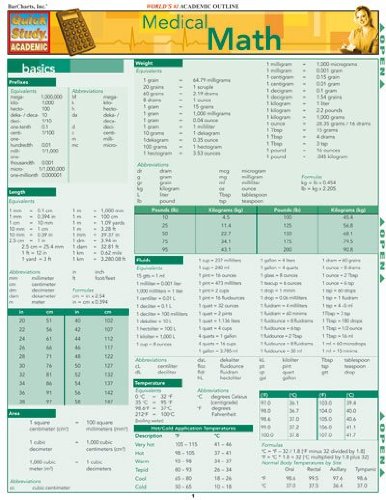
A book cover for Medical Math (Quickstudy: Academic); Inc. BarCharts; Medical Books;